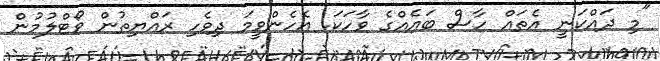
"މި ދައްކަނީ އެތައް ހާސް ބައެއްގެ ވާހަކަ. އެހެންވީމަ ދިވެހި ރައްޔިތުން ވޯޓްލުމުން